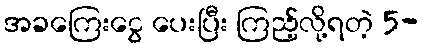
အခကြေးငွေ ပေးပြီး ကြည့်လို့ရတဲ့ 5-